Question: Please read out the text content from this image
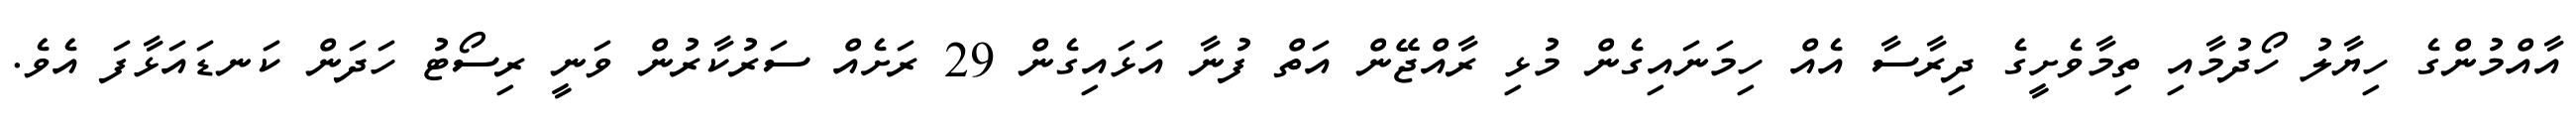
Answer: އާއްމުންގެ ހިޔާލު ހޯދުމާއި ތިމާވެށީގެ ދިރާސާ އެއް ހިމަނައިގެން މުޅި ރާއްޖޭން އަތް ފުނާ އަޅައިގެން 29 ރަށެއް ސަރުކާރުން ވަނީ ރިސޯޓު ހަދަން ކަނޑައަޅާފަ އެވެ.